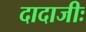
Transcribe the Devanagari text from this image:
दादाजीः